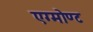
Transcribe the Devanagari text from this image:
एग्मोण्ट